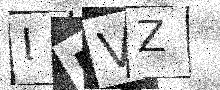
Text: ILVZ